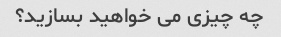
چه چیزی می خواهید بسازید؟